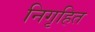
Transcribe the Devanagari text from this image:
निगृहित